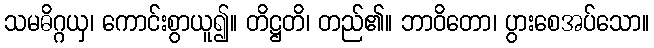
သမဓိဂ္ဂယှ၊ ကောင်းစွာယူ၍။ တိဋ္ဌတိ၊ တည်၏။ ဘာဝိတော၊ ပွားစေအပ်သော။